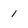
Character: 1